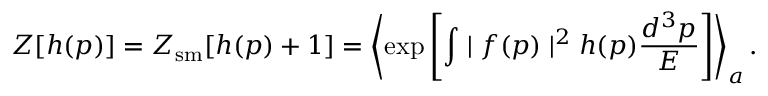
Z [ h ( p ) ] = Z _ { \mathrm { s m } } [ h ( p ) + 1 ] = \left\langle \exp \left[ \int \mid f ( p ) \mid ^ { 2 } h ( p ) { \frac { d ^ { 3 } p } { E } } \right] \right\rangle _ { a } .